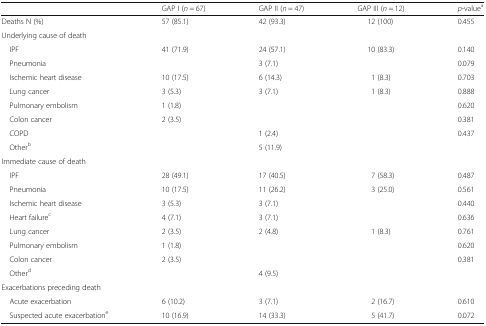
<table><thead><tr><td></td><td><b>GAP I (<i>n</i> = 67)</b></td><td><b>GAP II (<i>n</i> = 47)</b></td><td><b>GAP III (<i>n</i> = 12)</b></td><td><b><i>p</i>-value<sup>a</sup></b></td></tr></thead><tbody><tr><td>Deaths N (%)</td><td>57 (85.1)</td><td>42 (93.3)</td><td>12 (100)</td><td>0.455</td></tr><tr><td colspan="5">Underlying cause of death</td></tr><tr><td> IPF</td><td>41 (71.9)</td><td>24 (57.1)</td><td>10 (83.3)</td><td>0.140</td></tr><tr><td> Pneumonia</td><td></td><td>3 (7.1)</td><td></td><td>0.079</td></tr><tr><td> Ischemic heart disease</td><td>10 (17.5)</td><td>6 (14.3)</td><td>1 (8.3)</td><td>0.703</td></tr><tr><td> Lung cancer</td><td>3 (5.3)</td><td>3 (7.1)</td><td>1 (8.3)</td><td>0.888</td></tr><tr><td> Pulmonary embolism</td><td>1 (1.8)</td><td></td><td></td><td>0.620</td></tr><tr><td> Colon cancer</td><td>2 (3.5)</td><td></td><td></td><td>0.381</td></tr><tr><td> COPD</td><td></td><td>1 (2.4)</td><td></td><td>0.437</td></tr><tr><td> Other<sup>b</sup></td><td></td><td>5 (11.9)</td><td></td><td></td></tr><tr><td colspan="5">Immediate cause of death</td></tr><tr><td> IPF</td><td>28 (49.1)</td><td>17 (40.5)</td><td>7 (58.3)</td><td>0.487</td></tr><tr><td> Pneumonia</td><td>10 (17.5)</td><td>11 (26.2)</td><td>3 (25.0)</td><td>0.561</td></tr><tr><td> Ischemic heart disease</td><td>3 (5.3)</td><td>3 (7.1)</td><td></td><td>0.440</td></tr><tr><td> Heart failure<sup>c</sup></td><td>4 (7.1)</td><td>3 (7.1)</td><td></td><td>0.636</td></tr><tr><td> Lung cancer</td><td>2 (3.5)</td><td>2 (4.8)</td><td>1 (8.3)</td><td>0.761</td></tr><tr><td> Pulmonary embolism</td><td>1 (1.8)</td><td></td><td></td><td>0.620</td></tr><tr><td> Colon cancer</td><td>2 (3.5)</td><td></td><td></td><td>0.381</td></tr><tr><td> Other<sup>d</sup></td><td></td><td>4 (9.5)</td><td></td><td></td></tr><tr><td colspan="5">Exacerbations preceding death</td></tr><tr><td> Acute exacerbation</td><td>6 (10.2)</td><td>3 (7.1)</td><td>2 (16.7)</td><td>0.610</td></tr><tr><td> Suspected acute exacerbation<sup>e</sup></td><td>10 (16.9)</td><td>14 (33.3)</td><td>5 (41.7)</td><td>0.072</td></tr></tbody></table>